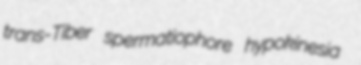
trans-Tiber spermatiophore hypokinesia